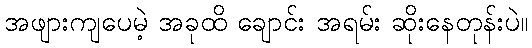
အဖျားကျပေမဲ့ အခုထိ ချောင်း အရမ်း ဆိုးနေတုန်းပဲ။